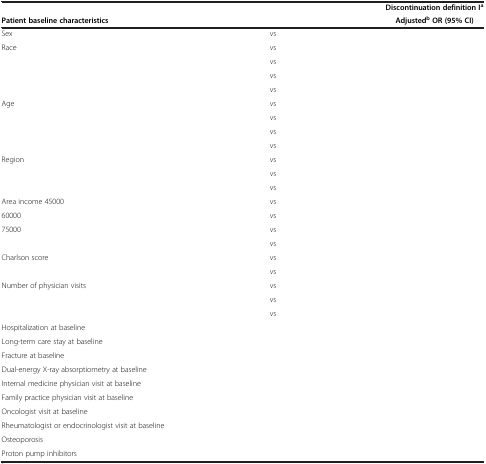
<table><thead><tr><td colspan="4">[EMPTY_CELL]</td><td><b>Discontinuation definition I<sup>a</sup></b></td></tr><tr><td colspan="4"><b>Patient baseline characteristics </b></td><td><b>Adjusted<sup>b </sup>OR (95% CI)</b></td></tr></thead><tbody><tr><td>Sex</td><td>[EMPTY_CELL]</td><td>vs</td><td>[EMPTY_CELL]</td><td>[EMPTY_CELL]</td></tr><tr><td>Race</td><td>[EMPTY_CELL]</td><td>vs</td><td>[EMPTY_CELL]</td><td>[EMPTY_CELL]</td></tr><tr><td>[EMPTY_CELL]</td><td>[EMPTY_CELL]</td><td>vs</td><td>[EMPTY_CELL]</td><td>[EMPTY_CELL]</td></tr><tr><td>[EMPTY_CELL]</td><td>[EMPTY_CELL]</td><td>vs</td><td>[EMPTY_CELL]</td><td>[EMPTY_CELL]</td></tr><tr><td>[EMPTY_CELL]</td><td>[EMPTY_CELL]</td><td>vs</td><td>[EMPTY_CELL]</td><td>[EMPTY_CELL]</td></tr><tr><td>Age</td><td>[EMPTY_CELL]</td><td>vs</td><td>[EMPTY_CELL]</td><td>[EMPTY_CELL]</td></tr><tr><td>[EMPTY_CELL]</td><td>[EMPTY_CELL]</td><td>vs</td><td>[EMPTY_CELL]</td><td>[EMPTY_CELL]</td></tr><tr><td>[EMPTY_CELL]</td><td>[EMPTY_CELL]</td><td>vs</td><td>[EMPTY_CELL]</td><td>[EMPTY_CELL]</td></tr><tr><td>[EMPTY_CELL]</td><td>[EMPTY_CELL]</td><td>vs</td><td>[EMPTY_CELL]</td><td>[EMPTY_CELL]</td></tr><tr><td>Region</td><td>[EMPTY_CELL]</td><td>vs</td><td>[EMPTY_CELL]</td><td>[EMPTY_CELL]</td></tr><tr><td>[EMPTY_CELL]</td><td>[EMPTY_CELL]</td><td>vs</td><td>[EMPTY_CELL]</td><td>[EMPTY_CELL]</td></tr><tr><td>[EMPTY_CELL]</td><td>[EMPTY_CELL]</td><td>vs</td><td>[EMPTY_CELL]</td><td>[EMPTY_CELL]</td></tr><tr><td>Area income 45000</td><td>[EMPTY_CELL]</td><td>vs</td><td>[EMPTY_CELL]</td><td>[EMPTY_CELL]</td></tr><tr><td>60000</td><td>[EMPTY_CELL]</td><td>vs</td><td>[EMPTY_CELL]</td><td>[EMPTY_CELL]</td></tr><tr><td>75000</td><td>[EMPTY_CELL]</td><td>vs</td><td>[EMPTY_CELL]</td><td>[EMPTY_CELL]</td></tr><tr><td>[EMPTY_CELL]</td><td>[EMPTY_CELL]</td><td>vs</td><td>[EMPTY_CELL]</td><td>[EMPTY_CELL]</td></tr><tr><td>Charlson score</td><td>[EMPTY_CELL]</td><td>vs</td><td>[EMPTY_CELL]</td><td>[EMPTY_CELL]</td></tr><tr><td>[EMPTY_CELL]</td><td>[EMPTY_CELL]</td><td>vs</td><td>[EMPTY_CELL]</td><td>[EMPTY_CELL]</td></tr><tr><td>Number of physician visits</td><td>[EMPTY_CELL]</td><td>vs</td><td>[EMPTY_CELL]</td><td>[EMPTY_CELL]</td></tr><tr><td>[EMPTY_CELL]</td><td>[EMPTY_CELL]</td><td>vs</td><td>[EMPTY_CELL]</td><td>[EMPTY_CELL]</td></tr><tr><td>[EMPTY_CELL]</td><td>[EMPTY_CELL]</td><td>vs</td><td>[EMPTY_CELL]</td><td>[EMPTY_CELL]</td></tr><tr><td>Hospitalization at baseline</td><td>[EMPTY_CELL]</td><td>[EMPTY_CELL]</td><td>[EMPTY_CELL]</td><td>[EMPTY_CELL]</td></tr><tr><td>Long-term care stay at baseline</td><td>[EMPTY_CELL]</td><td>[EMPTY_CELL]</td><td>[EMPTY_CELL]</td><td>[EMPTY_CELL]</td></tr><tr><td>Fracture at baseline </td><td>[EMPTY_CELL]</td><td>[EMPTY_CELL]</td><td>[EMPTY_CELL]</td><td>[EMPTY_CELL]</td></tr><tr><td>Dual-energy X-ray absorptiometry at baseline</td><td>[EMPTY_CELL]</td><td>[EMPTY_CELL]</td><td>[EMPTY_CELL]</td><td>[EMPTY_CELL]</td></tr><tr><td>Internal medicine physician visit at baseline</td><td>[EMPTY_CELL]</td><td>[EMPTY_CELL]</td><td>[EMPTY_CELL]</td><td>[EMPTY_CELL]</td></tr><tr><td>Family practice physician visit at baseline</td><td>[EMPTY_CELL]</td><td>[EMPTY_CELL]</td><td>[EMPTY_CELL]</td><td>[EMPTY_CELL]</td></tr><tr><td>Oncologist visit at baseline </td><td>[EMPTY_CELL]</td><td>[EMPTY_CELL]</td><td>[EMPTY_CELL]</td><td>[EMPTY_CELL]</td></tr><tr><td>Rheumatologist or endocrinologist visit at baseline</td><td>[EMPTY_CELL]</td><td>[EMPTY_CELL]</td><td>[EMPTY_CELL]</td><td>[EMPTY_CELL]</td></tr><tr><td>Osteoporosis </td><td>[EMPTY_CELL]</td><td>[EMPTY_CELL]</td><td>[EMPTY_CELL]</td><td>[EMPTY_CELL]</td></tr><tr><td>Proton pump inhibitors</td><td>[EMPTY_CELL]</td><td>[EMPTY_CELL]</td><td>[EMPTY_CELL]</td><td>[EMPTY_CELL]</td></tr></tbody></table>